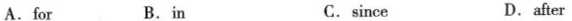
A. for B. in C. since D. after